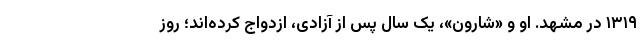
۱۳۱۹ در مشهد. او و «شارون»، یک سال پس از آزادی، ازدواج کرده‌اند؛ روز